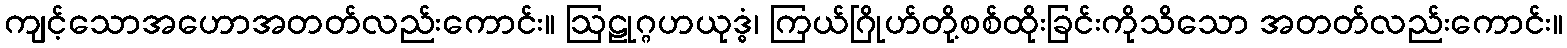
ကျင့်သောအဟောအတတ်လည်းကောင်း။ ဩဠုဂ္ဂဟယုဒ္ဓံ၊ ကြယ်ဂြိုဟ်တို့စစ်ထိုးခြင်းကိုသိသော အတတ်လည်းကောင်း။